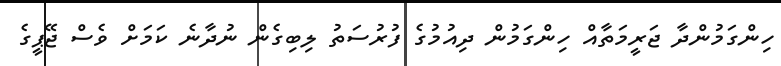
ހިންގަމުންދާ ޖަރީމަތާއް ހިންގަމުން ދިއުމުގެ ފުރުސަތު ލިބިގެން ނުދާނެ ކަމަށް ވެސް ޖޭޕީގެ